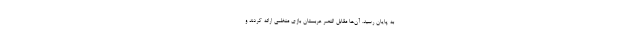
به پایان رسید. آن‌ها مقابل النصر عربستان بازی منظمی ارائه کردند و